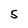
Character: 5